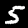
Label: 5